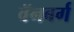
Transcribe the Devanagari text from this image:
वॅनबर्ग